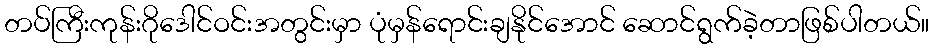
တပ်ကြီးကုန်းဂိုဒေါင်ဝင်းအတွင်းမှာ ပုံမှန်ရောင်းချနိုင်အောင် ဆောင်ရွက်ခဲ့တာဖြစ်ပါတယ်။